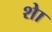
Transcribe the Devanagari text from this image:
शेा